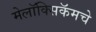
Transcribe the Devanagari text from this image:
मेलॉक्सिकॅमचे